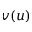
v ( u )